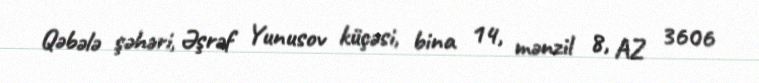
Qəbələ şəhəri, Əşrəf Yunusov küçəsi, bina 14, mənzil 8, AZ 3606